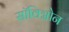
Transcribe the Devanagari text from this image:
सॉविग्नोन